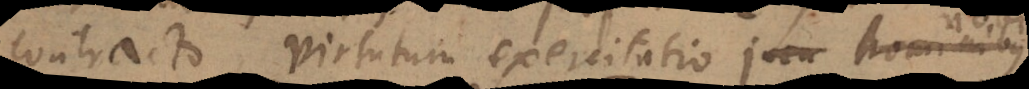
contracto virtutum exercitatio jam hominibus